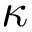
\kappa